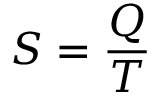
S = { \frac { Q } { T } }